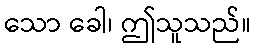
သော ခေါ၊ ဤသူသည်။